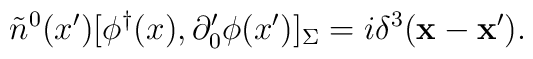
\tilde{n}^0(x') [\phi^{\dagger}(x),\partial'_0\phi(x')]_{\Sigma}=i \delta^3({\bf x}-{\bf x}') .